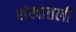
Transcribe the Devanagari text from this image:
शंखातली